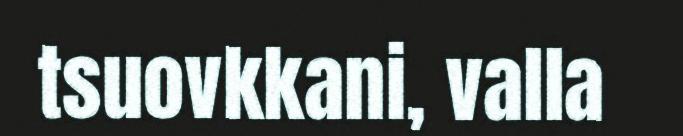
tsuovkkani, valla